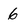
Character: 6